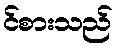
င်စားသည်